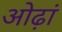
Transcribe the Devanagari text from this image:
ओढ़ां